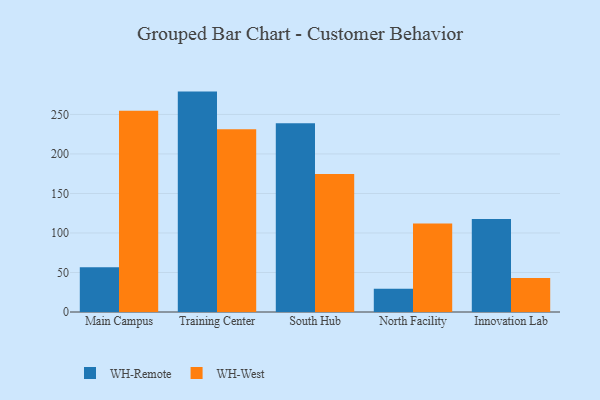
{"axis": {"x": "Campus", "y": "Latency (ms)"}, "legend": ["WH-Remote", "WH-West"], "data": [{"x": "Main Campus", "y": 56.6, "type": "WH-Remote"}, {"x": "Main Campus", "y": 254.7, "type": "WH-West"}, {"x": "Training Center", "y": 278.9, "type": "WH-Remote"}, {"x": "Training Center", "y": 231.4, "type": "WH-West"}, {"x": "South Hub", "y": 238.9, "type": "WH-Remote"}, {"x": "South Hub", "y": 174.6, "type": "WH-West"}, {"x": "North Facility", "y": 29.3, "type": "WH-Remote"}, {"x": "North Facility", "y": 112.1, "type": "WH-West"}, {"x": "Innovation Lab", "y": 117.7, "type": "WH-Remote"}, {"x": "Innovation Lab", "y": 43.0, "type": "WH-West"}]}